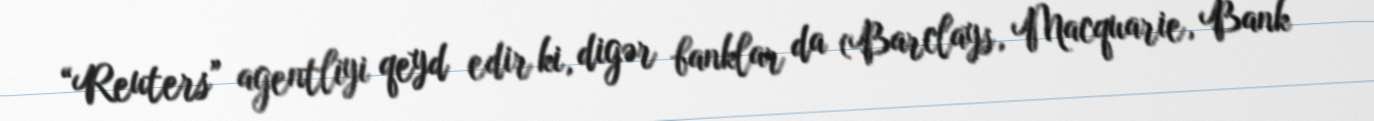
“Reuters” agentliyi qeyd edir ki, digər banklar da (Barclays, Macquarie, Bank